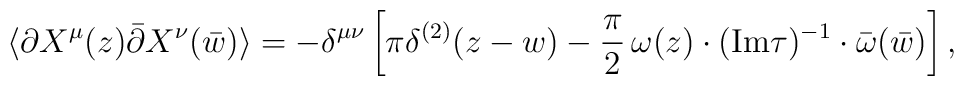
\langle \partial X^\mu(z)  \bar{\partial} X^\nu  (\bar w)\rangle =- \delta^{\mu\nu}\left[ \pi \delta^{(2)}(z-w) - { \pi \over 2} \,\omega(z) \cdot ({\rm Im} \tau )^{-1} \cdot \bar{\omega}(\bar w)\right] ,